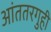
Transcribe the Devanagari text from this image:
आंततरगुही